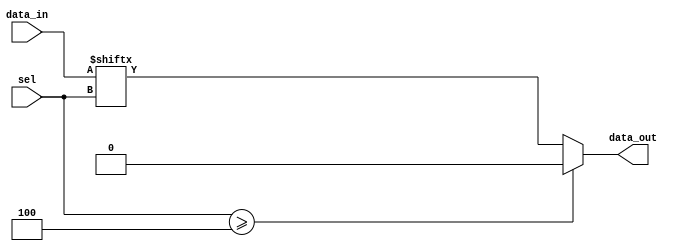
module param_mux #(parameter N = 4) (
    input wire [N-1:0] data_in,   // Data inputs
    input wire [$clog2(N)-1:0] sel, // Select lines
    output reg data_out            // Output
);
    
    always @(*) begin
        if (sel >= N) begin
            // Optional: Handle out-of-range select signals
            data_out = 1'b0; // Default value for out-of-range
        end else begin
            data_out = data_in[sel]; // Select data input based on control signal
        end
    end

endmodule